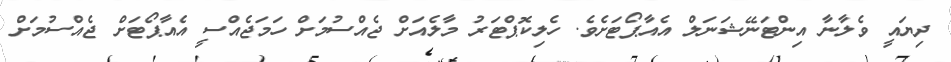
ދިޔައީ ވެލާނާ އިންޓަނޭޝަނަލް އެއާޕޯޓަށެވެ. ހެލިކޮޕްޓަރު މާލެއަށް ޖެއްސުމަށް ހަމަޖެއްސީ އެއާޕޯޓަށް ޖެއްސުމަށް